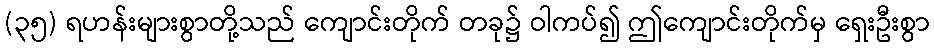
(၃၅) ရဟန်းများစွာတို့သည် ကျောင်းတိုက် တခု၌ ဝါကပ်၍ ဤကျောင်းတိုက်မှ ရှေးဦးစွာ